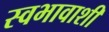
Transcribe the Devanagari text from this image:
स्वभावाशी